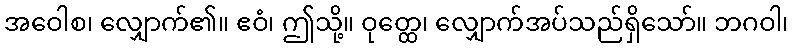
အဝေါစ၊ လျှောက်၏။ ဧဝံ၊ ဤသို့။ ဝုတ္ထေ၊ လျှောက်အပ်သည်ရှိသော်။ ဘဂဝါ၊